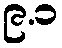
၉.၁